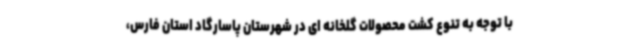
با توجه به تنوع کشت محصولات گلخانه ای در شهرستان پاسارگاد استان فارس،